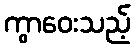
ကွာဝေးသည့်